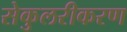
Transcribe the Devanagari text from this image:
सेकुलरीकरण